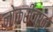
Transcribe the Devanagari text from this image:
नोकरीवरुन